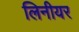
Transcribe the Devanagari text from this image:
लिनीयर